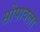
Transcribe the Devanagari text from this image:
सोपावला